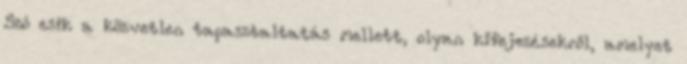
Szó esik a közvetlen tapasztaltatás mellett, olyan kifejezésekről, amelyet